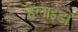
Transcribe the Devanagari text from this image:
हेलाइडों